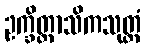
ဥက္ခိတ္တာသိကသုတ္တံ